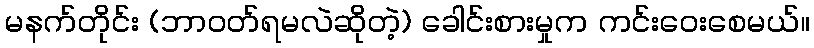
မနက်တိုင်း (ဘာဝတ်ရမလဲဆိုတဲ့) ခေါင်းစားမှုက ကင်းဝေးစေမယ်။